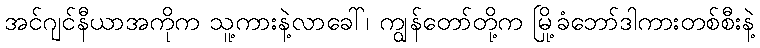
အင်ဂျင်နီယာအကိုက သူ့ကားနဲ့လာခေါ်၊ ကျွန်တော်တို့က မြို့ခံဘော်ဒါကားတစ်စီးနဲ့